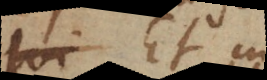
sumi. Et in